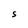
Character: S